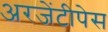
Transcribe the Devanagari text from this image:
अरजेंटीपेस